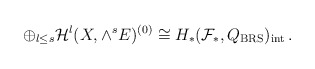
\begin{align*}\oplus_{l\le s}{\cal H}^l(X,\wedge^s E)^{(0)}\cong H_{*}({\cal F}_{*},Q_{\rm BRS})_{\rm int}\,.\end{align*}